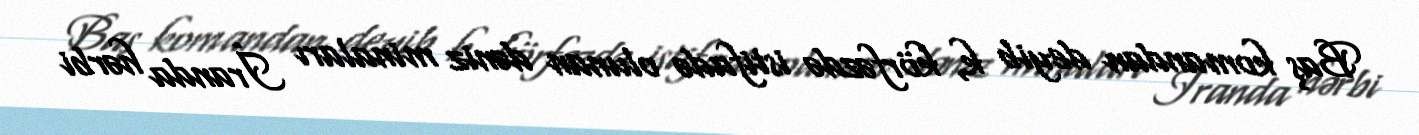
Baş komandan deyib k, körfəzdə istifadə olunan dəniz minaları İranda hərbi